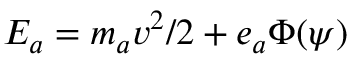
E _ { a } = m _ { a } v ^ { 2 } / 2 + e _ { a } \Phi ( \psi )